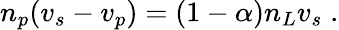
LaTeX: n_{p}(v_{s}-v_{p})=(1-\alpha)n_{L}v_{s}\; .